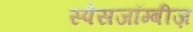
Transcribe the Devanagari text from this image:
स्पेसजॉम्बीज़